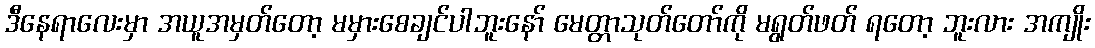
ဒီနေရာလေးမှာ အယူအမှတ်တော့ မမှားစေချင်ပါဘူးနော် မေတ္တာသုတ်တော်ကို မရွတ်ဖတ် ရတော့ ဘူးလား အကျိုး